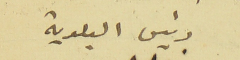
رئيس البلدية